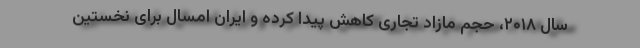
سال ۲۰۱۸، حجم مازاد تجاری کاهش پیدا کرده و ایران امسال برای نخستین